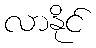
လာနိုင်